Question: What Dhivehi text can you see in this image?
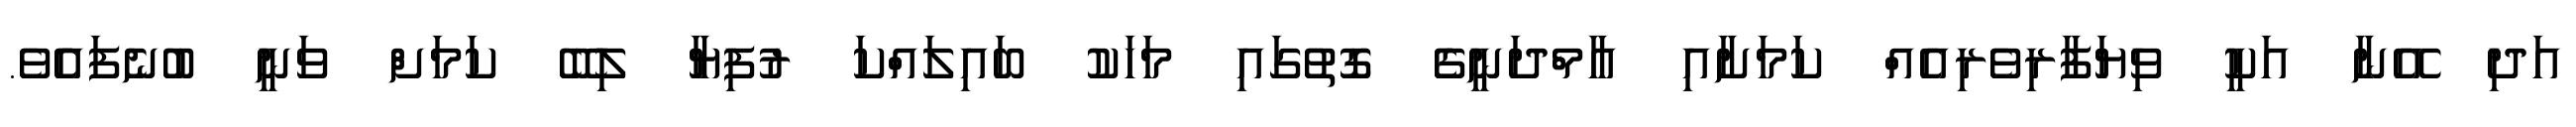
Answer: އަދި އޭނާ އަކީ ވިޔަފާރިވެރިއެއް ކަމަށާއި އާމްދަނީގެެ ގޮތުގައި މަހަކު ބައިލައްކަ ރުފިޔާ ލިބޭ ކަމަށް ވަނީ ބުނެފައެެވެ.